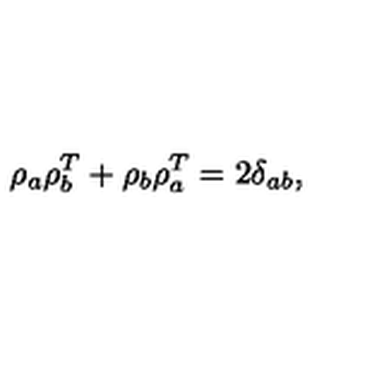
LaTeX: \rho _ { a } \rho _ { b } ^ { T } + \rho _ { b } \rho _ { a } ^ { T } = 2 \delta _ { a b } ,